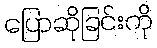
ပြောဆိုခြင်းကို